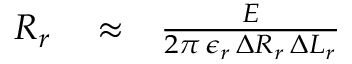
\begin{array} { r l r } { R _ { r } } & { { } \approx } & { \frac { E } { 2 \pi \, \epsilon _ { r } \, \Delta R _ { r } \, \Delta L _ { r } } } \end{array}